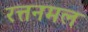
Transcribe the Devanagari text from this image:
रत्तनमल